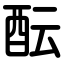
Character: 酝